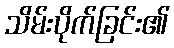
သိမ်းပိုက်ခြင်း၏